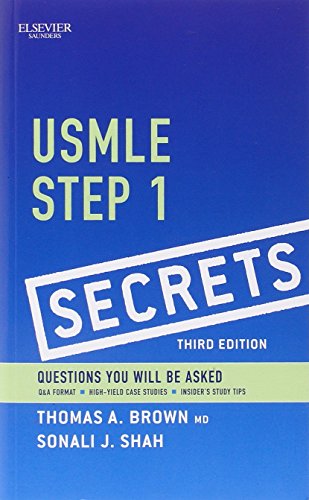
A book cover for USMLE Step 1 Secrets, 3e; Thomas A. Brown MD; Test Preparation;